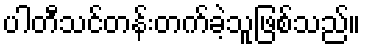
ပါတီသင်တန်းတက်ခဲ့သူဖြစ်သည်။